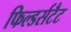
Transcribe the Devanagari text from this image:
फिल्डर्सटैट